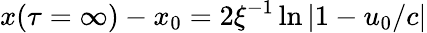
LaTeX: x(\tau=\infty)-x_{0}=2\xi^{-1}\ln|1-u_{0}/c|